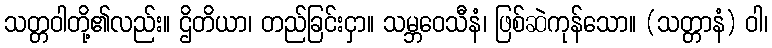
သတ္တဝါတို့၏လည်း။ ဌိတိယာ၊ တည်ခြင်းငှာ။ သမ္ဘဝေသီနံ၊ ဖြစ်ဆဲကုန်သော။ (သတ္တာနံ) ဝါ၊